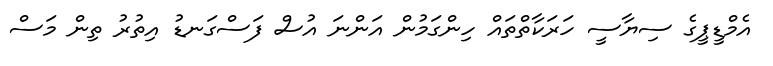
އެމްޑީޕީގެ ސިޔާސީ ހަރަކާތްތައް ހިންގަމުން އަންނަ އުސް ފަސްގަނޑު އިތުރު ތިން މަސް